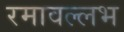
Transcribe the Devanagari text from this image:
रमावल्लभ